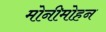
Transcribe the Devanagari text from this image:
मोनीमोहन